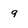
Character: 9